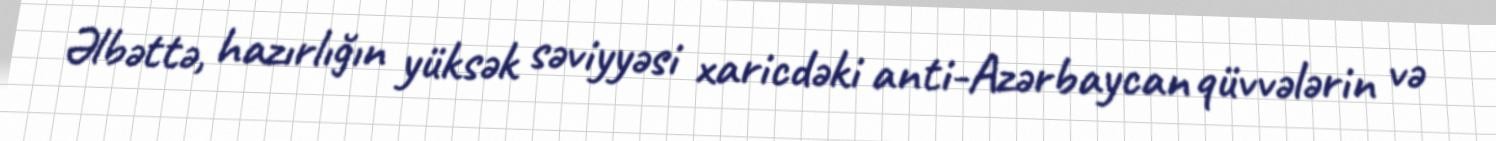
Əlbəttə, hazırlığın yüksək səviyyəsi xaricdəki anti-Azərbaycan qüvvələrin və